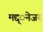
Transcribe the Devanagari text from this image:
मद्द्ेनजर